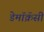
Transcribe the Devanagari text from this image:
डेमॉक्रॅसी